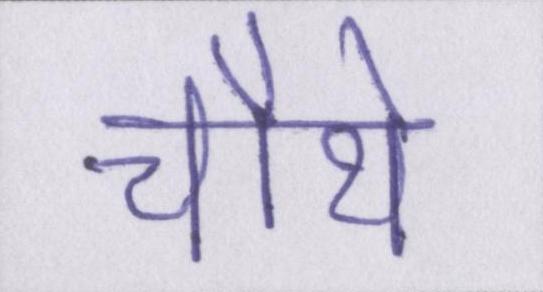
चौथे